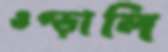
ওপ্‌ড়ালি